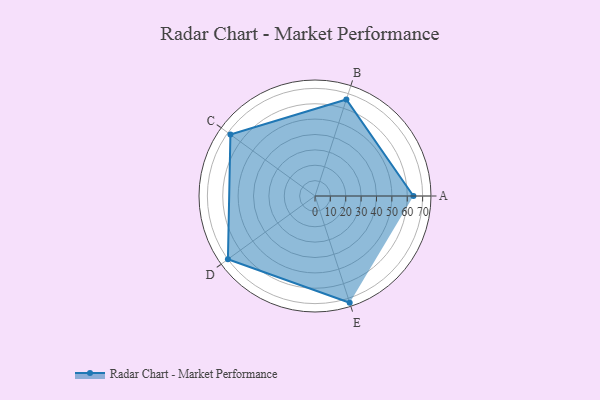
{"axis": {"x": "Skill", "y": "Score"}, "legend": ["Profile"], "data": [{"x": "A", "y": 64.0, "type": "Profile"}, {"x": "B", "y": 66.0, "type": "Profile"}, {"x": "C", "y": 68.0, "type": "Profile"}, {"x": "D", "y": 70.0, "type": "Profile"}, {"x": "E", "y": 73.0, "type": "Profile"}]}